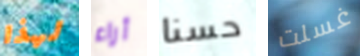
لهذا أراء حسنا غسلت